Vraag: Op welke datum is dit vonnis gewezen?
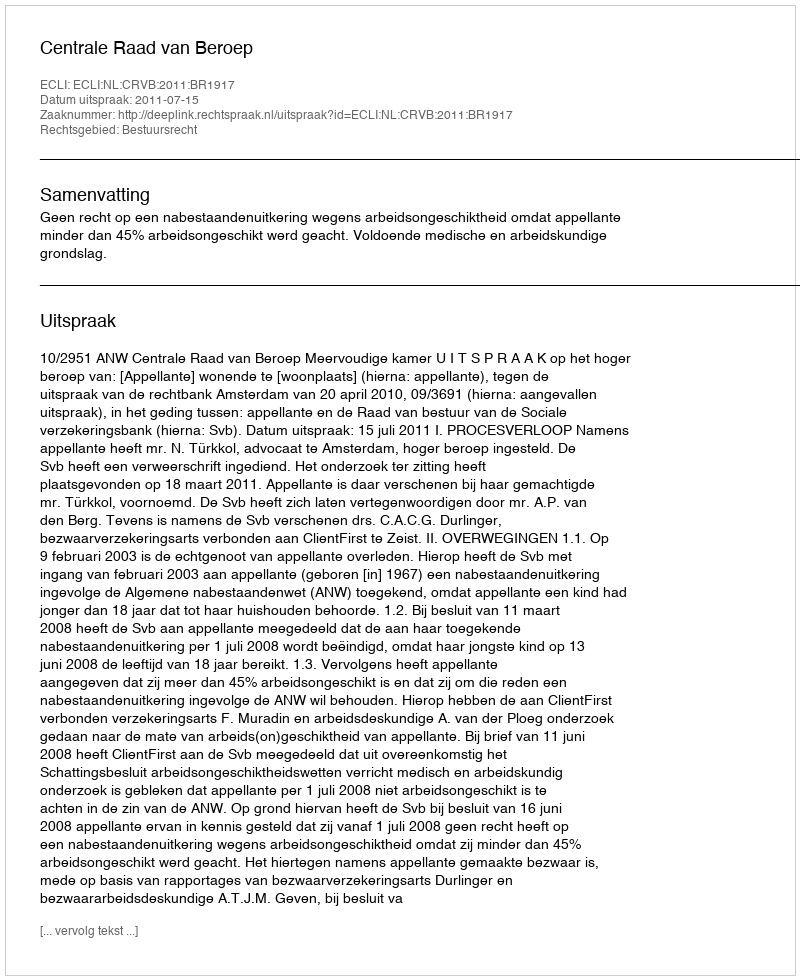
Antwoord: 2011-07-15